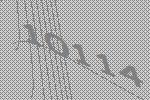
10114